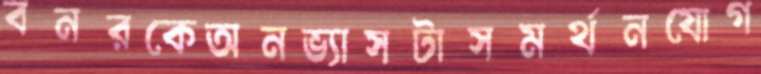
বনরকেঅনভ্যাসটাসমর্থনযোগ